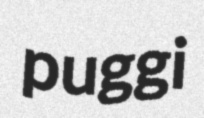
puggi